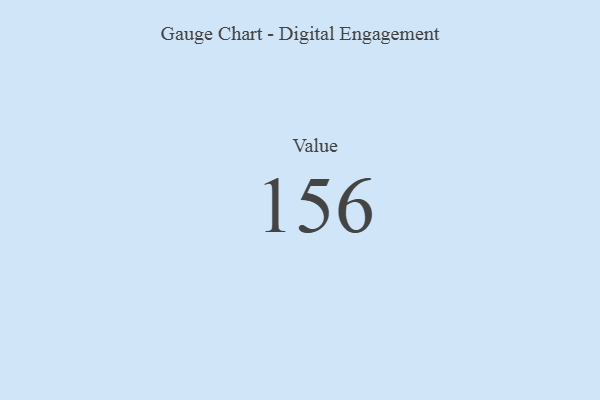
{"axis": {"x": "Metric", "y": "Value"}, "legend": [""], "data": [{"x": "Value", "y": 156, "type": ""}]}